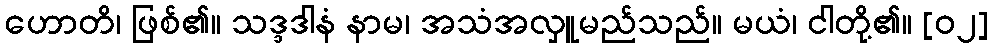
ဟောတိ၊ ဖြစ်၏။ သဒ္ဒဒါနံ နာမ၊ အသံအလှူမည်သည်။ မယံ၊ ငါတို့၏။ [၀၂]